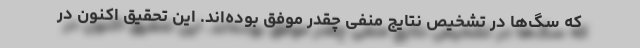
که سگ‌ها در تشخیص نتایج منفی چقدر موفق بوده‌اند. این تحقیق اکنون در